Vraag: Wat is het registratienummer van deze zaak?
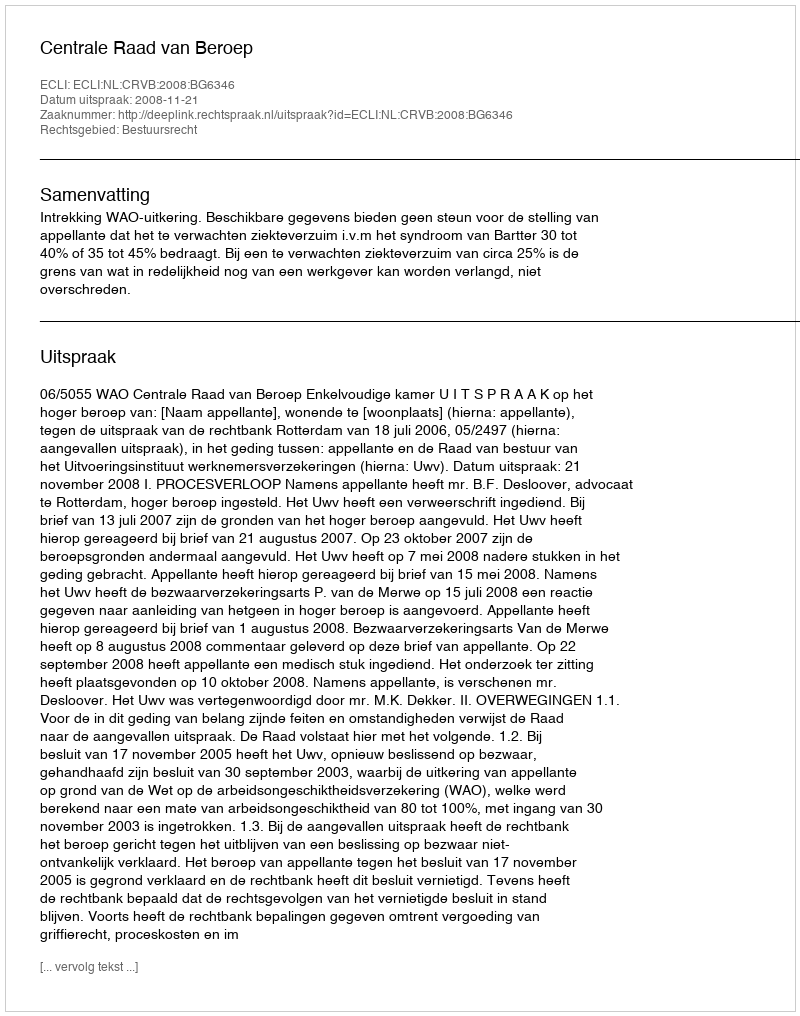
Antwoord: http://deeplink.rechtspraak.nl/uitspraak?id=ECLI:NL:CRVB:2008:BG6346